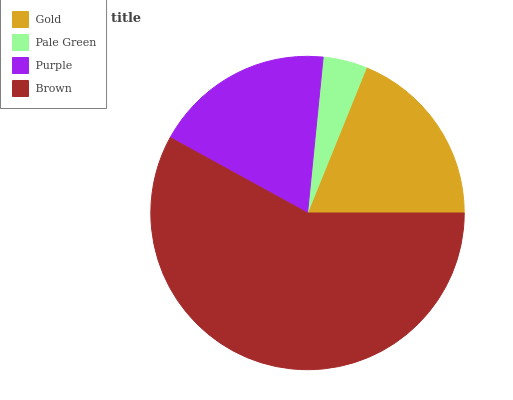
| Gold | Pale Green | Purple | Brown |
 | --- | --- | --- | --- |
 | 18.9% | 4.53% | 18.6% | 57.9% |